Annual administration report of the Civil Veterinary Department of India - 1900-1901
Year: 1900
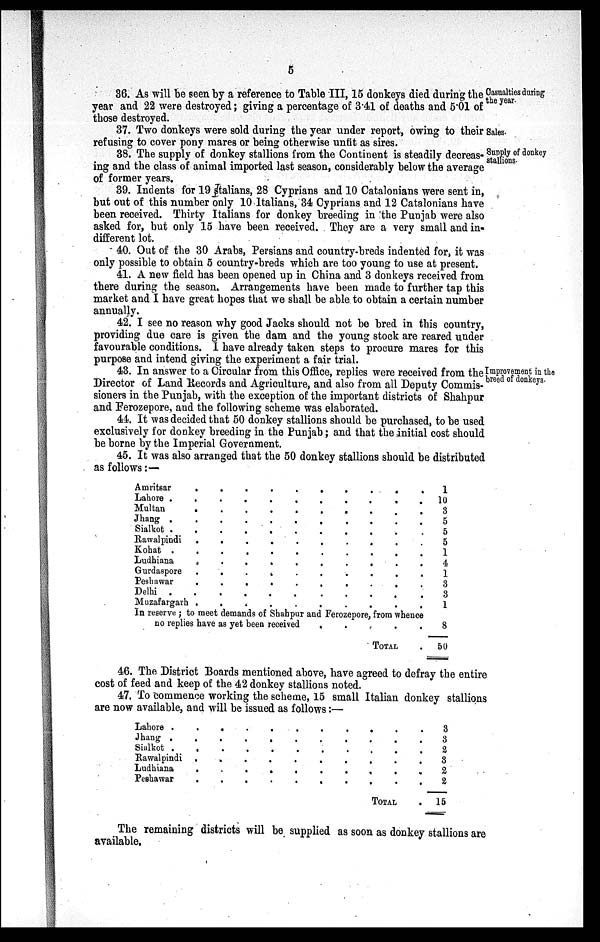
5
Casualties during
the year.
36. As will be seen by a reference to Table III, 15 donkeys died during the
year and 22 were destroyed; giving a percentage of 3.41 of deaths and 5.01 of
those destroyed.
Sales.
37. Two donkeys were sold during the year under report, owing to their
refusing to cover pony mares or being otherwise unfit as sires.
Supply of donkey
stallions.
38. The supply of donkey stallions from the Continent is steadily decreas-
ing and the class of animal imported last season, considerably below the average
of former years.
39. Indents for 19 stalians, 28 Cyprians and 10 Catalonians were sent in,
but out of this number only 10 Italians, 34 Cyprians and 12 Catalonians have
been received. Thirty Italians for donkey breeding in the Punjab were also
asked for, but only 15 have been received. They are a very small and in-
different lot.
40. Out of the 30 Arabs, Persians and country-breds indented for, it was
only possible to obtain 5 country-breds which are too young to use at present.
41. A new field has been opened up in China and 3 donkeys received from
there during the season. Arrangements have been made to further tap this
market and I have great hopes that we shall be able, to obtain a certain number
annually.
42. I see no reason why good Jacks should not be bred in this country,
providing due care is given the dam and the young stock are reared under
favourable conditions. I have already taken steps to procure mares for this
purpose and intend giving the experiment a fair trial.
Improvement in the
breed of donkeys.
43. In answer to a Circular from this Office, replies were received from the
Director of Land Records and Agriculture, and also from all Deputy Commis-
sioners in the Punjab, with the exception of the important districts of Shahpur
and Ferozepore, and the following scheme was elaborated.
44. It was decided that 50 donkey stallions should be purchased, to be used
exclusively for donkey breeding in the Punjab; and that the initial cost should
be borne by the Imperial Government.
45. It was also arranged that the 50 donkey stallions should be distributed
as follows:—
Amritsar
.
.
.
.
.
.
.
.
.
.
Lahore .
.
.
.
.
.
.
.
.
.
.
Multan . . . . . .
Jhang .
.
.
.
.
.
.
.
.
.
.
Sialkot .
.
.
.
.
.
.
.
.
.
Rawalpindi
.
.
.
.
.
.
.
.
.
.
Kohat .
.
.
.
.
.
.
.
.
.
.
Ludhiana
.
.
.
.
.
.
.
.
.
Gurdaspore
.
.
.
.
.
.
.
.
.
Peshawar
.
.
.
.
.
.
.
.
.
Delhi
.
.
.
.
.
Mnzafargarh .
.
.
.
.
.
.
.
.
.
In reserve ; to meet demands of Shahpur and Ferozepore, from whence
no replies have as yet been received . . . . . . .
TOTAL .
1
10
3
5
5
5
1
4
1
3
3
1
8
50
46. The District Boards mentioned above, have agreed to defray the entire
cost of feed and keep of the 42 donkey stallions noted.
47. To commence working the scheme, 15 small Italian donkey stallions
are now available, and will be issued as follows:—
Lahore . . . . . . . .
Jhang . . . . . . . .
Sialkot . . . . . . . .
Rawalpindi . . . . . . . .
Ludhiana . . . . . . . .
Peshawar . . . . . . . .
TOTAL
3
3
2
3
2
2
15
The remaining districts will be supplied as soon as donkey stallions are
available.